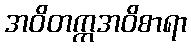
အဝိတက္ကအဝိစာရာ